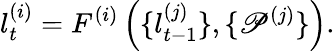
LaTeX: l_{t}^{(i)}=F^{(i)}\left(\{ l_{t-1}^{(j)}\} ,\{ \mathscr{P}^{(j)}\} \right).